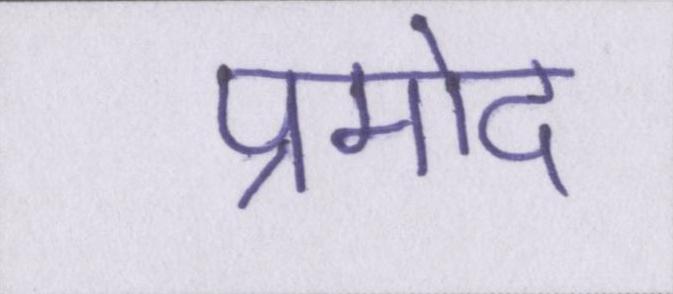
प्रमोद